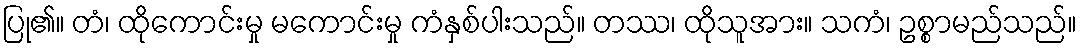
ပြု၏။ တံ၊ ထိုကောင်းမှု မကောင်းမှု ကံနှစ်ပါးသည်။ တဿ၊ ထိုသူအား။ သကံ၊ ဥစ္စာမည်သည်။